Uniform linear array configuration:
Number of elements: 64
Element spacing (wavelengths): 0.5
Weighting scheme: blackman
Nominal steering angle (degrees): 30
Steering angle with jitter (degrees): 29.049
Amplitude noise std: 0.05
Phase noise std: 0.05

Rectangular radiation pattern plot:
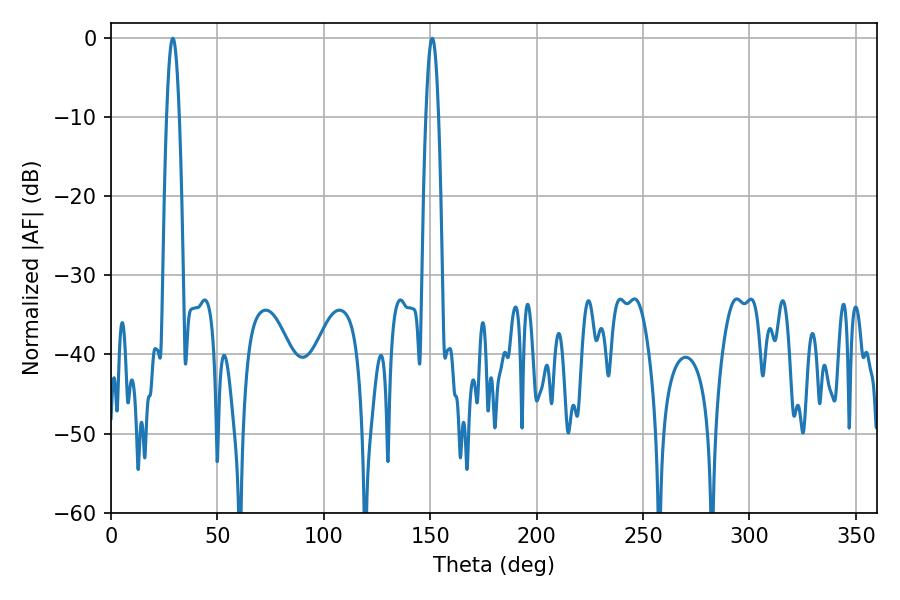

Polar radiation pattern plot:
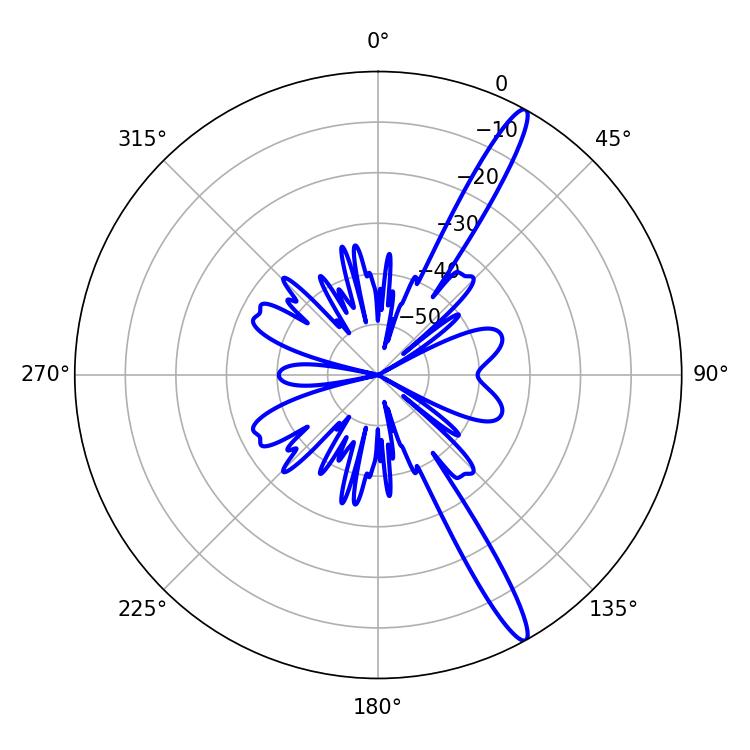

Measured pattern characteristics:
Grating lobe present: FALSE
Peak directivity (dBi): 15.191
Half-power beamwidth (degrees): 3.06
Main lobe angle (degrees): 28.98